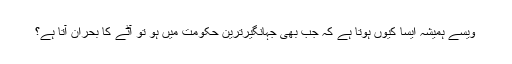
ویسے ہمیشہ ایسا کیوں ہوتا ہے کہ جب بھی جہانگیرترین حکومت میں ہو تو آٹے کا بحران آتا ہے؟